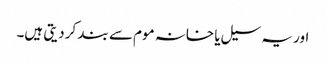
اور یہ سیل یا خانہ موم سے بند کر دیتی ہیں۔